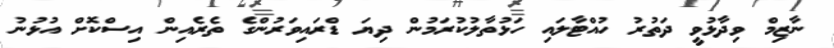
ނާޒިމް ވިދާޅުވީ ދަތުރު ހުއްޓާލައި ހަޅުތާލުކުރަމުން ދިޔަ ޑްރައިވަރުންގެ ތެރެއިން އިސްކޮށް އުޅުނު